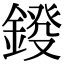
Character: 𨨻